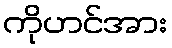
ကိုဟင်အား